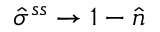
\hat { \sigma } ^ { s s } \rightarrow \mathbb { 1 } - \hat { n }